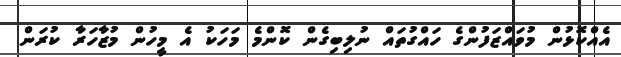
އެއްކޮޅުން މުވައްޒަފުންގެ ހައްގުތައް ނުލިބިގެން ކޮންމެ މަހަކު އެ މީހުން މުޒާހަރާ ކުރަން